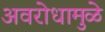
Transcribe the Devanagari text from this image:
अवरोधामुळे